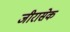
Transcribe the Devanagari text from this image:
जीरासेक